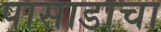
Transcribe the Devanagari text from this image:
पासाडाचा